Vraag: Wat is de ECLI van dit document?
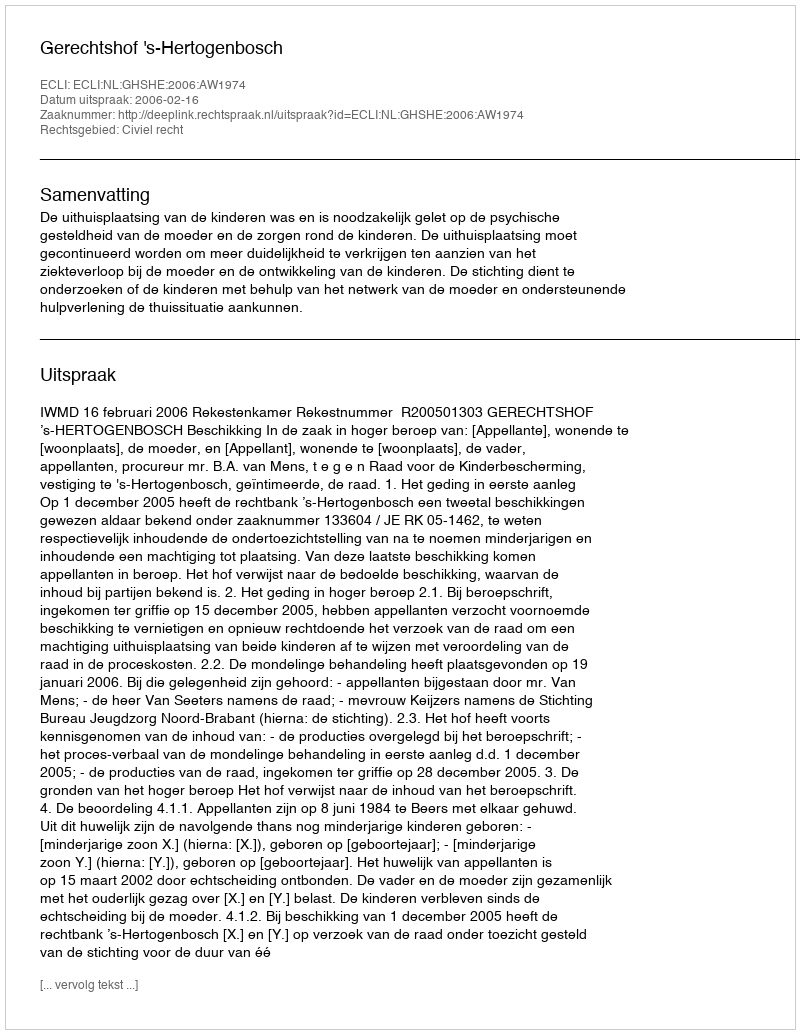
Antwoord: ECLI:NL:GHSHE:2006:AW1974